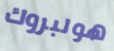
هولبروك